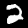
Digit: 2